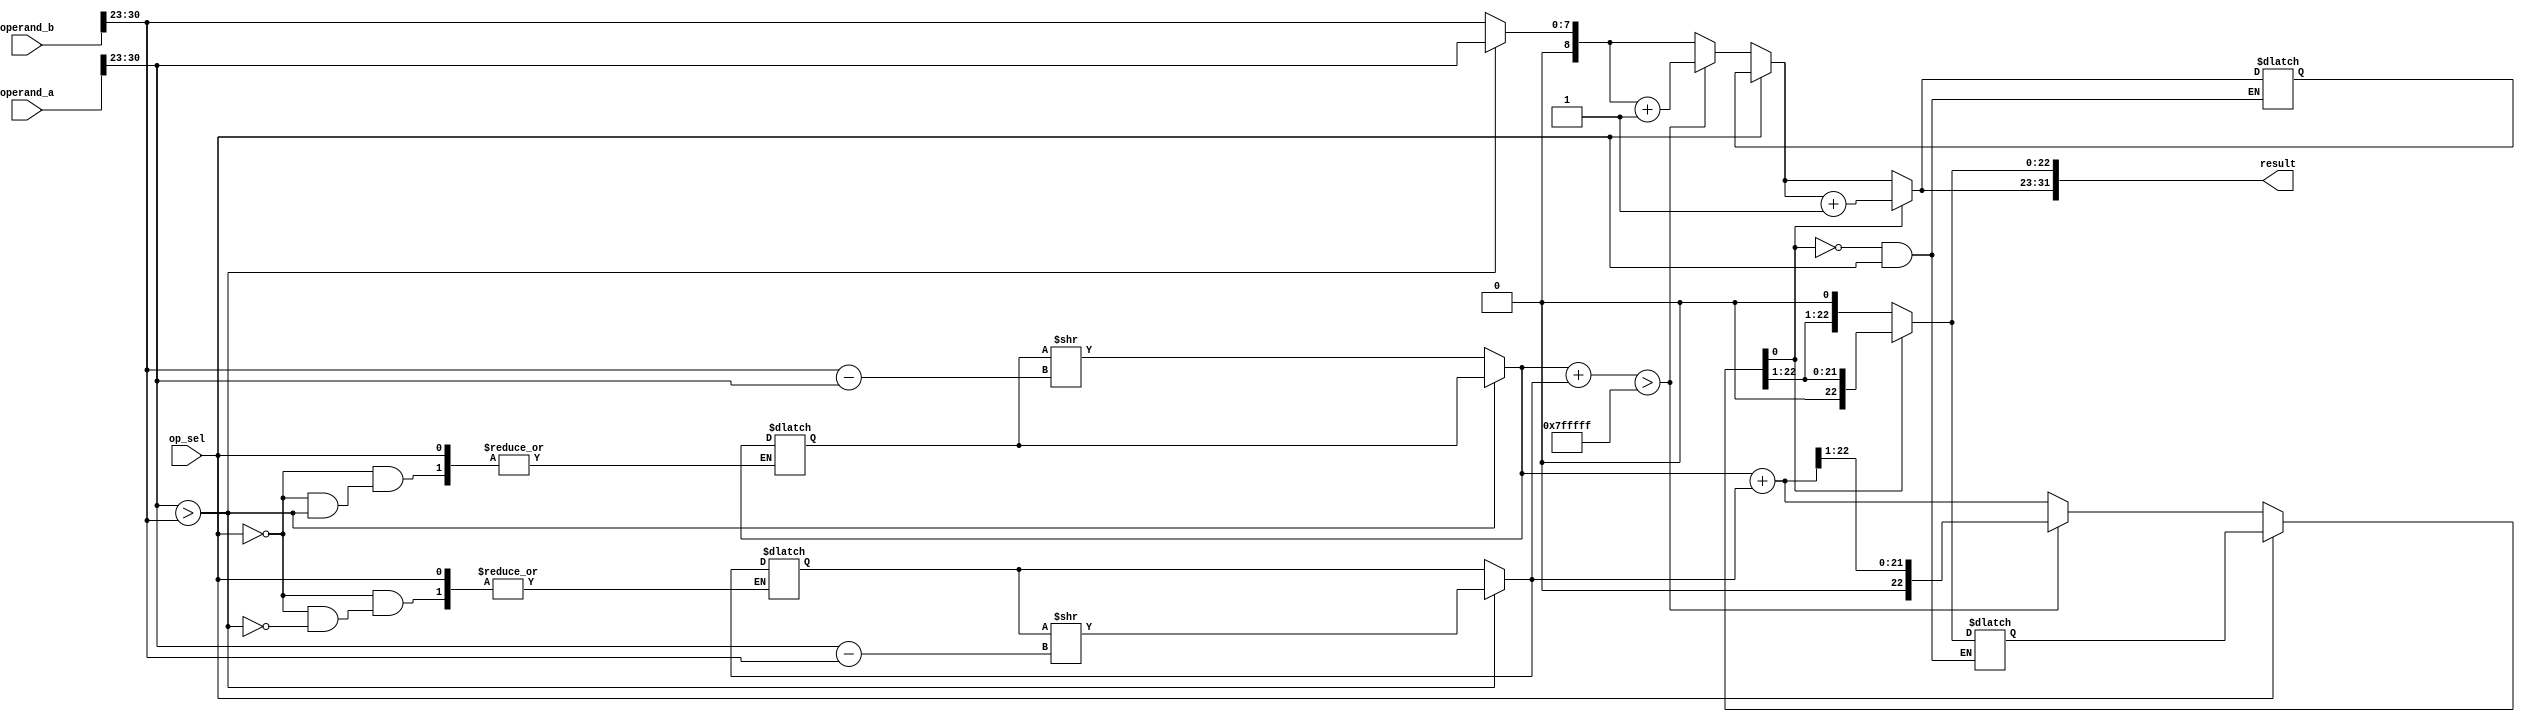
module single_precision_fpu(
    input wire [31:0] operand_a,
    input wire [31:0] operand_b,
    input wire op_sel, // 0 for addition, 1 for subtraction
    output reg [31:0] result
);

reg [8:0] exponent_a, exponent_b, exponent_result;
reg [22:0] mantissa_a, mantissa_b, mantissa_result;
reg carry;

// Extracting exponent and mantissa from operands
assign exponent_a = operand_a[30:23];
assign mantissa_a = {1'b1, operand_a[22:0]};
assign exponent_b = operand_b[30:23];
assign mantissa_b = {1'b1, operand_b[22:0]};

always @* begin
    // Addition logic
    if (op_sel == 0) begin
        if (exponent_a > exponent_b) begin
            exponent_result = exponent_a;
            mantissa_b = mantissa_b >> (exponent_a - exponent_b);
        end else begin
            exponent_result = exponent_b;
            mantissa_a = mantissa_a >> (exponent_b - exponent_a);
        end
        if (mantissa_a + mantissa_b > 24'b11111111111111111111111) begin
            mantissa_result = (mantissa_a + mantissa_b) >> 1;
            exponent_result = exponent_result + 1;
        end else begin
            mantissa_result = mantissa_a + mantissa_b;
        end
    end
    // Rounding logic
    if (mantissa_result[0]) begin
        mantissa_result = mantissa_result >> 1;
        exponent_result = exponent_result + 1;
    end
    result = {exponent_result, mantissa_result[22:0]};
end
endmodule